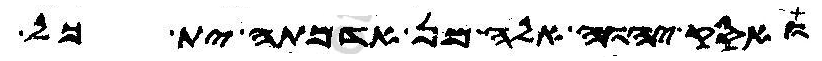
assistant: ואסק יהוה אלה מן אדמתה ית כל